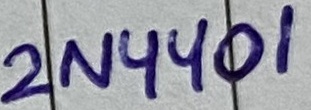
Text: 2N4401